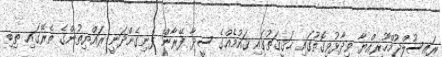
ރައީސުލްޖުމްހޫރިއްޔާ ވިދާޅުވިގޮތުގައި ޙަޤީޤަތުގައި ޤައުމެއްގެ ސީދާ ފޭރާން ފެނިގެންދަނީ ރައްޔިތުންގެ ތެރޭގައި ތިބި